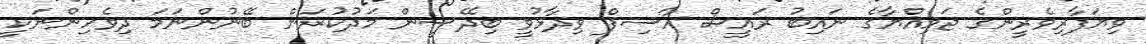
ވިޔަފާރިވެރީންގެ ޖަމިއްޔާގެ ނައިބު ރައީސް އާސިފް ވިދާޅުވީ ބިދޭސީން މަދުކުރަން ބޭނުންނަމަ ދިވެހިންނަކީ